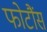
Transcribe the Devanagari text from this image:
फोटौंस